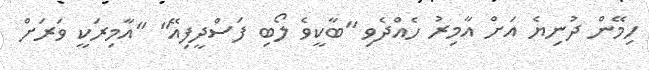
ހިމޭން ދުނިޔެ އަށް އާމިރު ހެއްދެވި "ބާކީވެ ލޯބި ފަސްދީފިއޭ" "އާމިރަކީ ވަރަށް